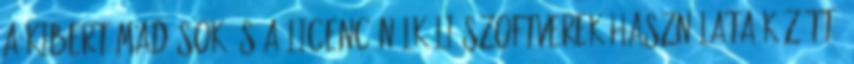
a kibertámadások és a licenc nélküli szoftverek használata között.